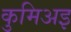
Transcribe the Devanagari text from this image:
कुमिअइ